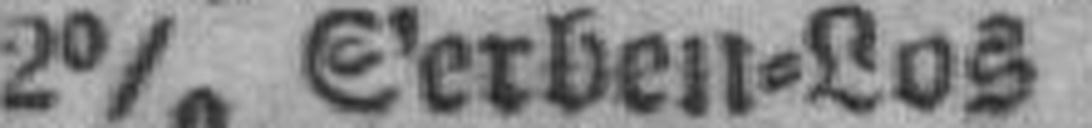
2% Serben=Los